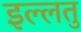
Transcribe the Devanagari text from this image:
इल्लतु